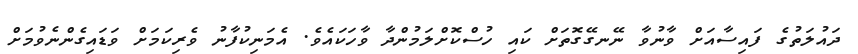
ދައުލަތުގެ ފައިސާއަށް ވާނުވާ ނޭނގޭގޮތަށް ކައި ހުސްކޮށްލަމުންދާ ވާހަކައެވެ. އެމަނިކުފާނު ވެރިކަމަށް ވަޑައިގެންނެވުމަށް